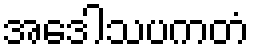
အဒေါသပကတံ